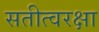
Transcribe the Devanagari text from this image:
सतीत्वरक्षा